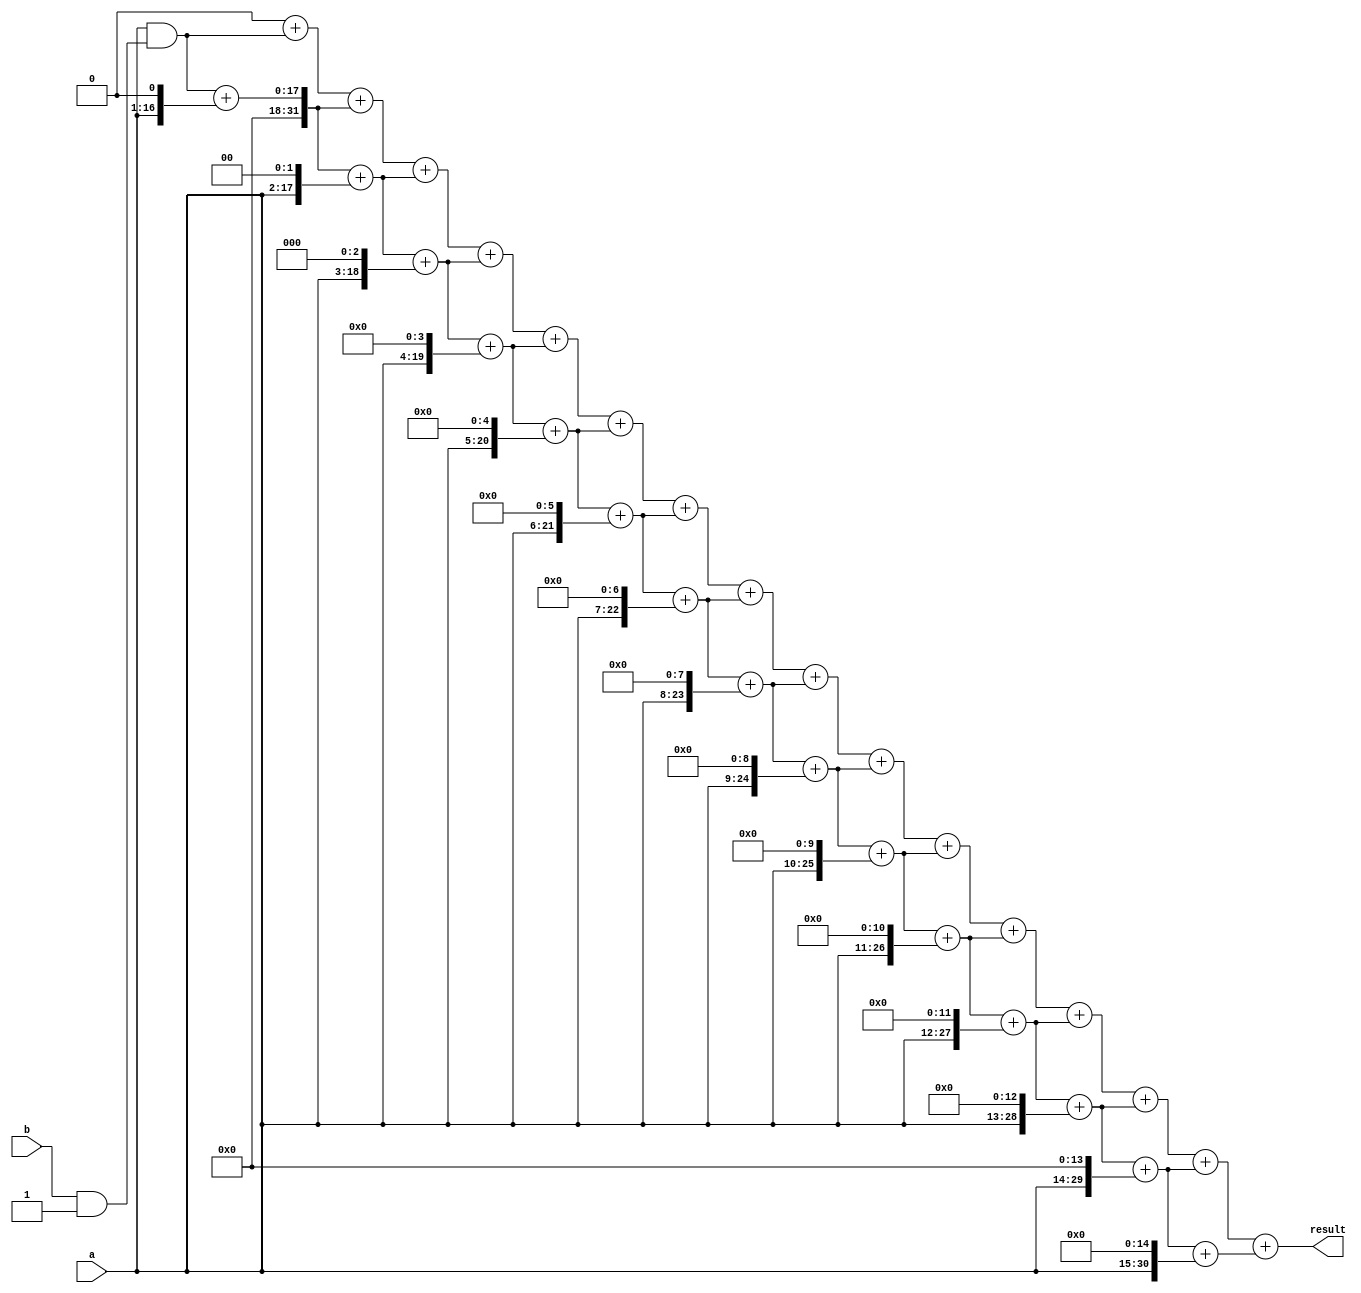
module booth_multiplier (
    input [15:0] a,
    input [15:0] b,
    output reg [31:0] result
);

reg [15:0] partial_product [15:0];
reg [31:0] multiplier_result [15:0];

integer i;

always @(a or b) begin
    // Generate partial products for each bit position
    for(i = 0; i < 16; i = i + 1) begin
        partial_product[i] = (a << i) & (b & 1);
    end

    // Perform shifting and addition operations using Booth's algorithm
    multiplier_result[0] = {16'b0, partial_product[0]};
    for(i = 1; i < 16; i = i + 1) begin
        if(partial_product[i][0] == 1) begin
            multiplier_result[i] = multiplier_result[i-1] - (a << i);
        end
        else begin
            multiplier_result[i] = multiplier_result[i-1] + (a << i);
        end
    end

    // Sum up all partial products to produce final result
    result = 0;
    for(i = 0; i < 16; i = i + 1) begin
        result = result + multiplier_result[i];
    end
end

endmodule